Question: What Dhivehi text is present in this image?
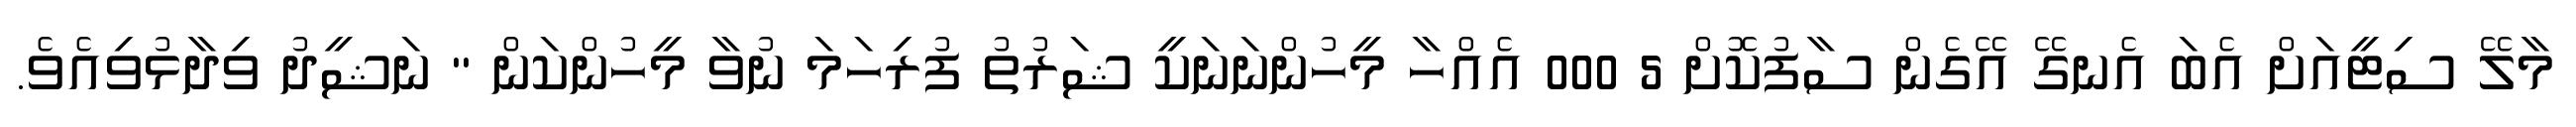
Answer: މާލޭ ސިޓީއަށް އެބަ އެނގޭ އޭގެން ސާފުކޮށް 5 000 އެއްހާ މީހުންނަނަކީ ޝަރުތު ފުރިހަމަ ނުވާ މީހުންކަން " ނަޝީދު ވިދާޅުވިއެވެ.